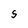
Character: 5